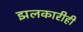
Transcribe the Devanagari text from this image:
झलकारीही